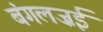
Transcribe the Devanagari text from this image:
बंगलज़ई